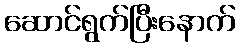
ဆောင်ရွက်ပြီးနောက်